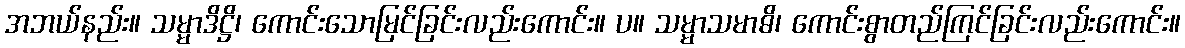
အဘယ်နည်း။ သမ္မာဒိဋ္ဌိ၊ ကောင်းသောမြင်ခြင်းလည်းကောင်း။ ပ။ သမ္မာသမာဓိ၊ ကောင်းစွာတည်ကြင်ခြင်းလည်းကောင်း။